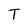
Character: T